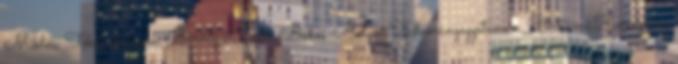
Miklós, Tőkés László, Böröcz László, Babes-Bolyai Tudományegyetemen, Partiumi Keresztény